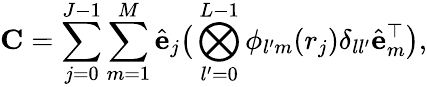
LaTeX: \mathbf{C}=\sum_{j=0}^{J-1}\sum_{m=1}^{M}\hat{\mathbf{e}}_{j}\big(\bigotimes_{l^{\prime}=0}^{L-1}\phi_{l^{\prime}m}(r_{j})\delta_{ll^{\prime}}\hat{\mathbf{e}}_{m}^{\top}\big),